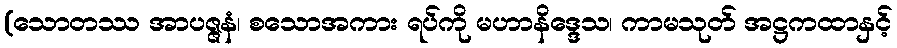
(သောတဿ အာပဇ္ဇနံ၊ စသောအကား ရပ်ကို မဟာနိဒ္ဒေသ၊ ကာမသုတ် အဋ္ဌကထာနှင့်